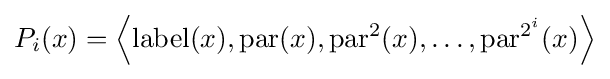
P_{i}(x)=\left\langle \operatorname {label} (x),\operatorname {par} (x),\operatorname {par} ^{2}(x),\ldots ,\operatorname {par} ^{2^{i}}(x)\right\rangle